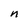
Character: n